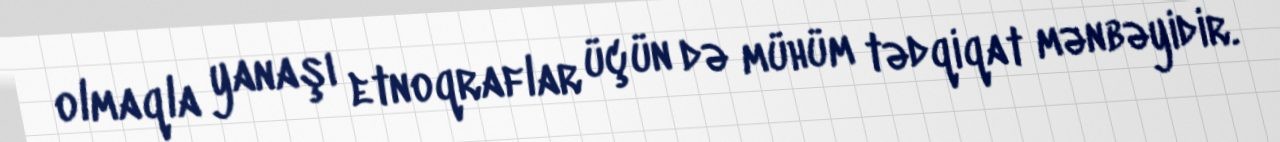
olmaqla yanaşı etnoqraflar üçün də mühüm tədqiqat mənbəyidir.